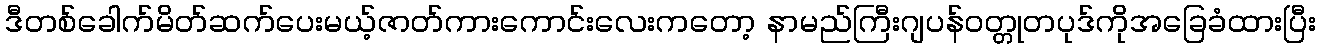
ဒီတစ်ခေါက်မိတ်ဆက်ပေးမယ့်ဇာတ်ကားကောင်းလေးကတော့ နာမည်ကြီးဂျပန်ဝတ္တုတပုဒ်ကိုအခြေခံထားပြီး